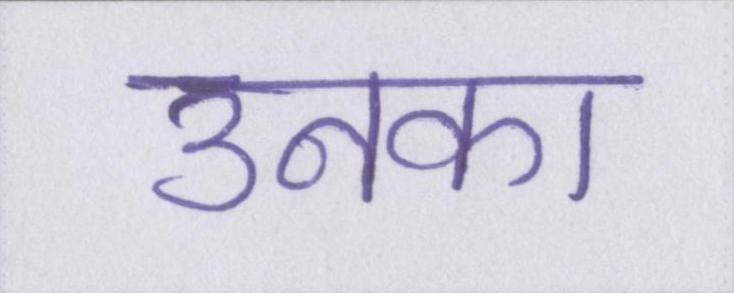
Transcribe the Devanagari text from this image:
उनका